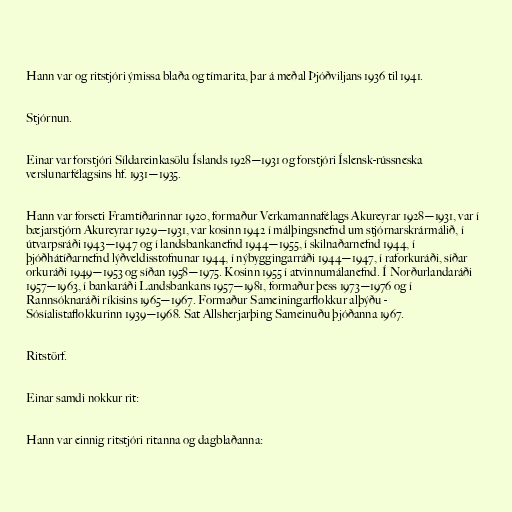
Hann var og ritstjóri ýmissa blaða og tímarita, þar á meðal Þjóðviljans 1936 til 1941.

Stjórnun.

Einar var forstjóri Síldareinkasölu Íslands 1928—1931 og forstjóri Íslensk-rússneska
verslunarfélagsins hf. 1931—1935.

Hann var forseti Framtíðarinnar 1920, formaður Verkamannafélags Akureyrar 1928—1931, var í
bæjarstjórn Akureyrar 1929—1931, var kosinn 1942 í málþingsnefnd um stjórnarskrármálið, í
útvarpsráði 1943—1947 og í landsbankanefnd 1944—1955, í skilnaðarnefnd 1944, í
þjóðhátíðarnefnd lýðveldisstofnunar 1944, í nýbyggingarráði 1944—1947, í raforkuráði, síðar
orkuráði 1949—1953 og síðan 1958—1975. Kosinn 1955 í atvinnumálanefnd. Í Norðurlandaráði
1957—1963, í bankaráði Landsbankans 1957—1981, formaður þess 1973—1976 og í
Rannsóknaráði ríkisins 1965—1967. Formaður Sameiningarflokkur alþýðu -
Sósíalistaflokkurinn 1939—1968. Sat Allsherjarþing Sameinuðu þjóðanna 1967.

Ritstörf.

Einar samdi nokkur rit:

Hann var einnig ritstjóri ritanna og dagblaðanna: